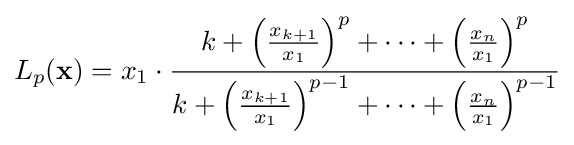
L_{p}(\mathbf {x} )=x_{1}\cdot {\frac {k+\left({\frac {x_{k+1}}{x_{1}}}\right)^{p}+\cdots +\left({\frac {x_{n}}{x_{1}}}\right)^{p}}{k+\left({\frac {x_{k+1}}{x_{1}}}\right)^{p-1}+\cdots +\left({\frac {x_{n}}{x_{1}}}\right)^{p-1}}}